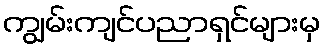
ကျွမ်းကျင်ပညာရှင်များမှ